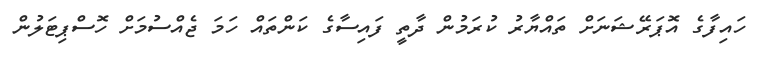
ހައިފާގެ އޮޕަރޭޝަނަށް ތައްޔާރު ކުރަމުން ދާތީ ފައިސާގެ ކަންތައް ހަމަ ޖެއްސުމަށް ހޮސްޕިޓަލުން